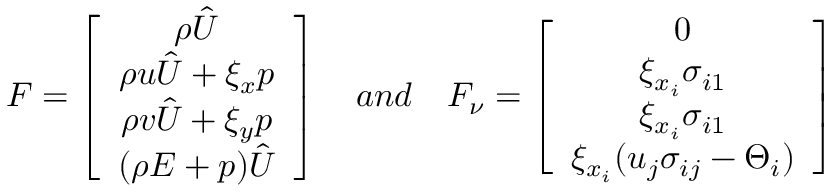
F = \left[ \begin{array} { c } { \rho \hat { U } } \\ { \rho u \hat { U } + \xi _ { x } p } \\ { \rho v \hat { U } + \xi _ { y } p } \\ { ( \rho E + p ) \hat { U } } \end{array} \right] \quad a n d \quad F _ { \nu } = \left[ \begin{array} { c } { 0 } \\ { \xi _ { x _ { i } } \sigma _ { i 1 } } \\ { \xi _ { x _ { i } } \sigma _ { i 1 } } \\ { \xi _ { x _ { i } } ( u _ { j } \sigma _ { i j } - \Theta _ { i } ) } \end{array} \right]